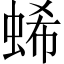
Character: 䖷